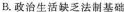
B.政治生活缺乏法制基础